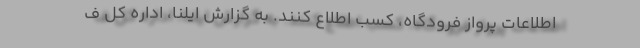
اطلاعات پرواز فرودگاه، کسب اطلاع کنند. به گزارش ایلنا، اداره کل ف